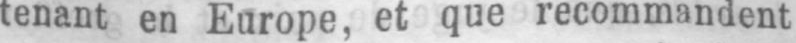
tenant en Europe, et que recommandent